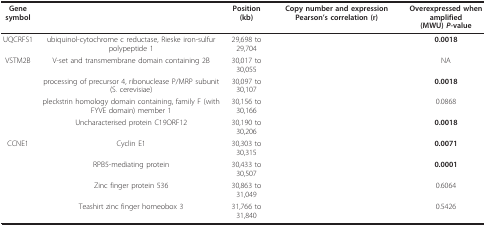
<table><thead><tr><td><b>Gene symbol</b></td><td>[EMPTY_CELL]</td><td><b>Position (kb)</b></td><td><b>Copy number and expression Pearson's correlation (r)</b></td><td><b>Overexpressed when amplified(MWU) <i>P-</i>value</b></td></tr></thead><tbody><tr><td>UQCRFS1</td><td>ubiquinol-cytochrome c reductase, Rieske iron-sulfur polypeptide 1</td><td>29,698 to 29,704</td><td>[EMPTY_CELL]</td><td><b>0.0018</b></td></tr><tr><td>VSTM2B</td><td>V-set and transmembrane domain containing 2B</td><td>30,017 to 30,055</td><td>[EMPTY_CELL]</td><td>NA</td></tr><tr><td>[EMPTY_CELL]</td><td>processing of precursor 4, ribonuclease P/MRP subunit (S. cerevisiae)</td><td>30,097 to 30,107</td><td>[EMPTY_CELL]</td><td><b>0.0018</b></td></tr><tr><td>[EMPTY_CELL]</td><td>pleckstrin homology domain containing, family F (with FYVE domain) member 1</td><td>30,156 to 30,166</td><td>[EMPTY_CELL]</td><td>0.0868</td></tr><tr><td>[EMPTY_CELL]</td><td>Uncharacterised protein C19ORF12</td><td>30,190 to 30,206</td><td>[EMPTY_CELL]</td><td><b>0.0018</b></td></tr><tr><td>CCNE1</td><td>Cyclin E1</td><td>30,303 to 30,315</td><td>[EMPTY_CELL]</td><td><b>0.0071</b></td></tr><tr><td>[EMPTY_CELL]</td><td>RPB5-mediating protein</td><td>30,433 to 30,507</td><td>[EMPTY_CELL]</td><td><b>0.0001</b></td></tr><tr><td>[EMPTY_CELL]</td><td>Zinc finger protein 536</td><td>30,863 to 31,049</td><td>[EMPTY_CELL]</td><td>0.6064</td></tr><tr><td>[EMPTY_CELL]</td><td>Teashirt zinc finger homeobox 3</td><td>31,766 to 31,840</td><td>[EMPTY_CELL]</td><td>0.5426</td></tr></tbody></table>